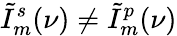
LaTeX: \tilde{I}_{m}^{s}(\nu)\neq\tilde{I}_{m}^{p}(\nu)